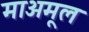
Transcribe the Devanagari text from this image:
माअमूल